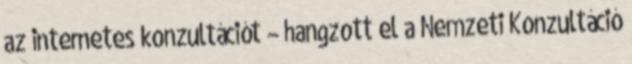
az internetes konzultációt – hangzott el a Nemzeti Konzultáció